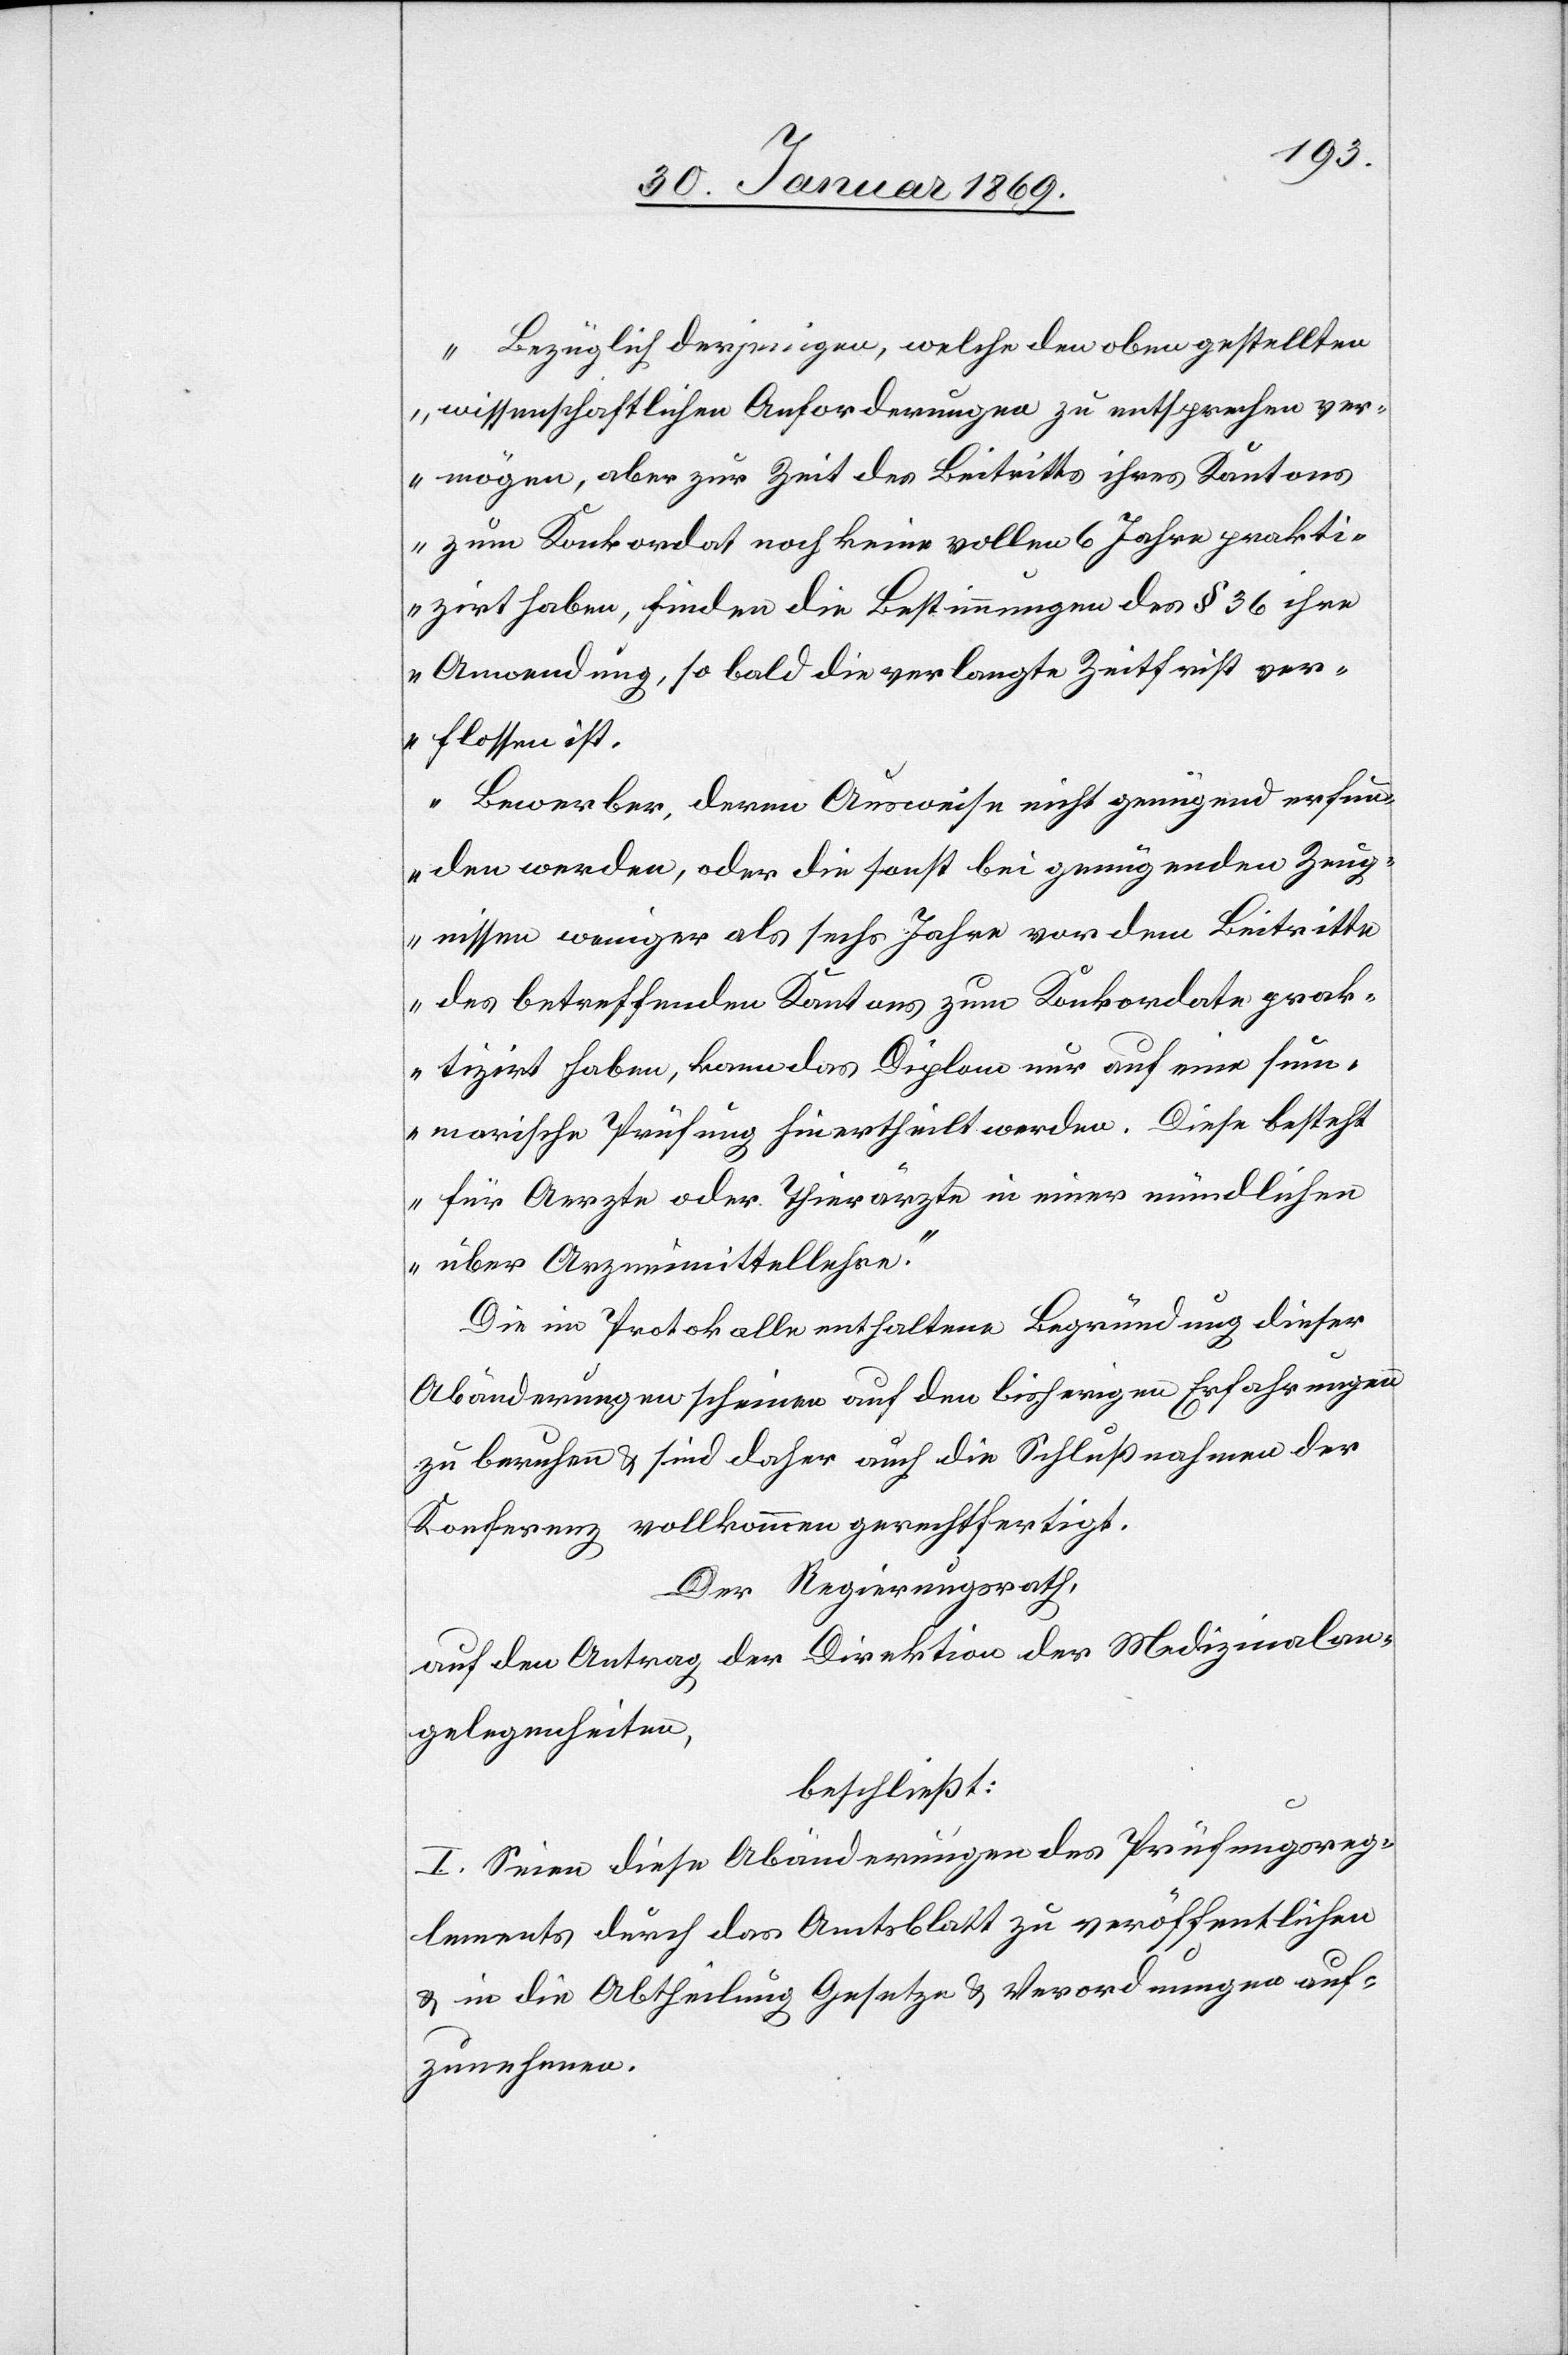
„Bezüglich derjenigen, welche den oben gestellten
wissenschaftlichen Anforderungen zu entsprechen ver¬
mögen, aber zur Zeit des Beitritts ihres Kantons
zum Konkordat noch keine vollen 6 Jahre prakti¬
zirt haben, finden die Bestimmungen des § 36 ihre
Anwendung, so bald verlangte Zeitfrist ver¬
flossen ist.
Bewerber, deren Ausweise nicht genügend erfun¬
den werden, oder die sonst bei genügenden Zeug¬
nissen weniger als sechs Jahre vor dem Beitritte
des betreffenden Kantons zum Konkordate prak¬
tizirt haben, kann das Diplom nur auf eine sum¬
marische Prüfung hin ertheilt werden. Diese besteht
für Aerzte oder Thierärzte in einer mündlichen
über Arzneimittellehre.“
Die im Protokolle enthaltene Begründung dieser
Abänderungen scheinen auf den bisherigen Erfahrungen
zu beruhen u. sind daher auch die Schlußnahmen der
Konferenz vollkommen gerechtfertigt.
Der Regierungsrath,
auf den Antrag der Direktion der Medizinalan¬
gelegenheiten,
beschließt:
I. Seien diese Abänderungen des Prüfungsreg¬
lements durch das Amtsblatt zu veröffentlichen
u. in die Abtheilung Gesetze u. Verordnungen auf¬
zunehmen.